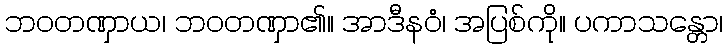
ဘဝတဏှာယ၊ ဘဝတဏှာ၏။ အာဒီနဝံ၊ အပြစ်ကို။ ပကာသန္တော၊